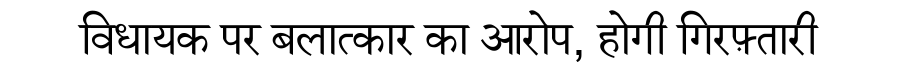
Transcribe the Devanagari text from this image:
विधायक पर बलात्कार का आरोप, होगी गिरफ़्तारी